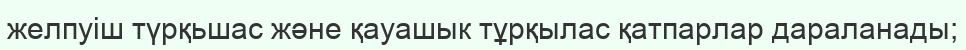
желпуіш түрқьшас және қауашык тұрқылас қатпарлар дараланады;